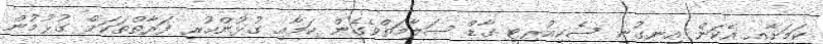
ކަމަށާއި އެކަން އިނގުނީ ސެކިއުރިޓީ ގާޑް ސަލާމަތްވެގެން ކަމާއި ގުޅުންހުރި ފަރާތްތަކަށް ގުޅުމުން